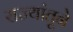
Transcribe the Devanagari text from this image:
राज्यांतूने